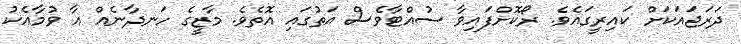
ދަރަޖައަކަށް ކައިރީގައެވެ. ރޯކޮށްފައިވާ ސުއްޓާވެސް އަތުގައި އޮތެވެ. މާޒީގެ ހަނދާނެއް އާ ވުމާއެކު